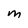
Character: M